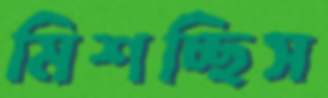
মিশচ্ছিস